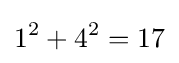
1^{2}+4^{2}=17